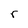
Character: r